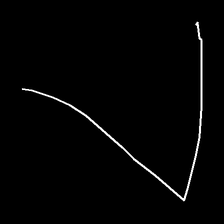
Glyph: region